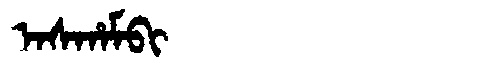
Manchu: ᠠᠰᡥᠠᠮᠪᡳ
Romanization: ASHAMBI